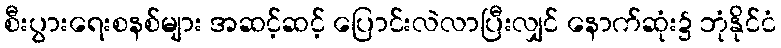
စီးပွားရေးစနစ်များ အဆင့်ဆင့် ပြောင်းလဲလာပြီးလျှင် နောက်ဆုံး၌ ဘုံနိုင်ငံ